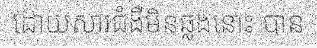
ដោយសារជំងឺមិនឆ្លងនោះ បាន